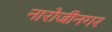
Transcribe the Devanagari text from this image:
नारोजीनगर